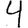
Digit: 4